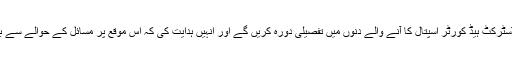
انہوں نے ڈائیریکٹر ہیلتھ ڈاکٹر نظیم احمد سے کہا کہ وہ ڈسٹرکٹ ہیڈ کورٹر اسپتال کا آنے والے دنوں میں تفصیلی دورہ کریں گے اور انہیں ہدایت کی کہ اس موقع پر مسائل کے حوالے سے بریفنگ دی جائے تاکہ اسپتال کو مزید بہتر بنایا جا سکے۔